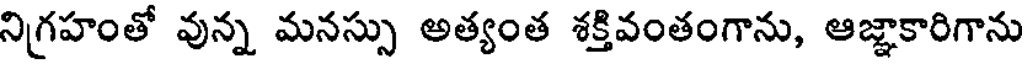
నిగహంతో వున్న మనస్సు అత్యంత శక్తివంతంగాను, ఆజ్ఞాకారిగాను